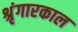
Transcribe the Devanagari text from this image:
श्रृंगारकाल